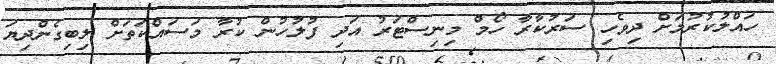
ހައްލުކުރުމަށް ދިވެހި ސަރުކާރާ ހޯމް މިނިސްޓަރު އަދި ފުލުހުން ކުރާ މަސައްކަތަަށް ލިބިގެންދިޔަ